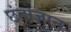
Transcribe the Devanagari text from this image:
छंदोज्ञान